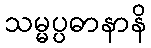
သမ္မပ္ပဓာနာနိ